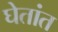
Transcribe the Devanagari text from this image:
घेतांत